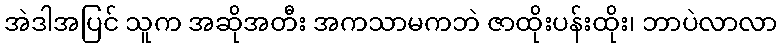
အဲဒါအပြင် သူက အဆိုအတီး အကသာမကဘဲ ဇာထိုးပန်းထိုး၊ ဘာပဲလာလာ